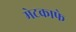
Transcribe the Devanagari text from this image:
मेटकाफे